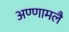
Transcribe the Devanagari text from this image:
अण्णामलै